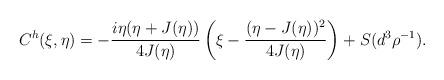
LaTeX: \begin{align*}C^h(\xi,\eta) = - \frac{i\eta(\eta+J(\eta))}{4J(\eta)} \left( \xi - \frac{(\eta - J(\eta))^2}{4J(\eta)}\right) + S(d^3 \rho^{-1}).\end{align*}